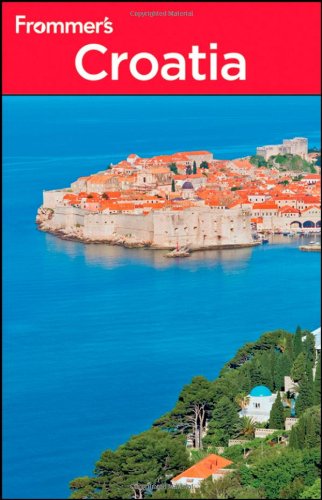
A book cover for Frommer's Croatia (Frommer's Complete Guides); Karen Torme Olson; Travel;